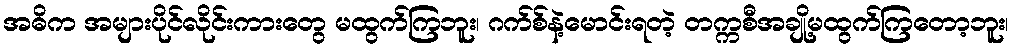
အဓိက အများပိုင်လိုင်းကားတွေ မထွက်ကြဘူး၊ ဂက်စ်နဲ့မောင်းရတဲ့ တက္ကစီအချို့မထွက်ကြတော့ဘူး၊